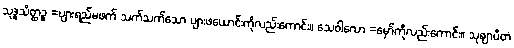
သုဒ္ဓသိတ္ထဉ္စ =ပျားရည်မဖက် သက်သက်သော ပျားဖယောင်းကိုလည်းကောင်း။ သေဝါလော =မှော်ကိုလည်းကောင်း။ သုဈာပိတံ